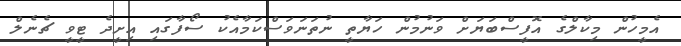
އެމީހުން މިކާލްގެ އޮފީސްބަޔަށް ވަނުމުން ހަޔާތީ ނުތަނަވަސްކަމާއެކު ސޯފާގައި އިށީދެ ޓީވީ ޗެނެލް